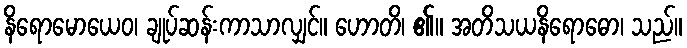
နိရောမောယေဝ၊ ချုပ်ဆန်းကာသာလျှင်။ ဟောတိ၊ ၏။ အတိသယနိရောဓော၊ သည်။